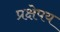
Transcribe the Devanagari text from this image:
प्रक्षेपय